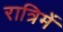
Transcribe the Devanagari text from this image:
रात्रिमें